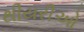
થીયરીઓ